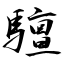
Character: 驙